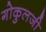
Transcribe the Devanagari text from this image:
गोकुलजी